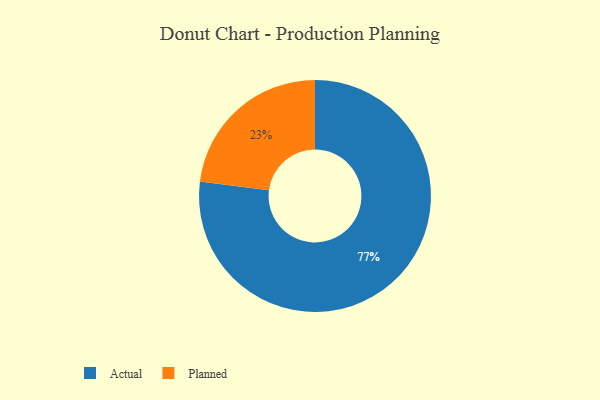
{"axis": {"x": "Category", "y": "Percentage"}, "legend": ["Actual", "Planned"], "data": [{"x": "Planned", "y": 23, "type": "Planned"}, {"x": "Actual", "y": 77, "type": "Actual"}]}